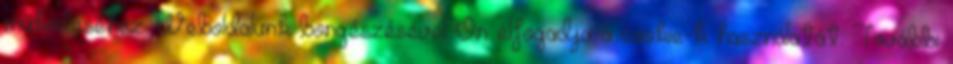
működéséhez. Weboldalunk böngészésével Ön elfogadja a cookie-k használatát. További